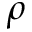
\rho